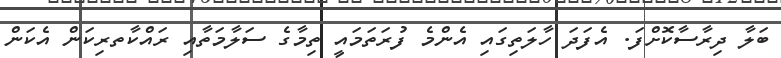
ބަލާ ދިރާސާކޮށްފަ. އެފަދަ ހާލަތިގައި އެންމެ ފުރަތަމައީ ތިމާގެ ސަލާމަތާއި ރައްކާތރިކަން އެކަން